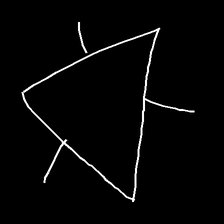
Glyph: fire